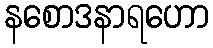
နစောဒနာရဟော